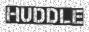
HUDDLE